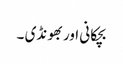
بچکانی اور بھونڈی ۔